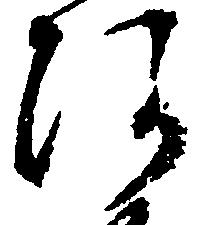
阿